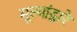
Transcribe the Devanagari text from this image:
मूल्यांद्वारे